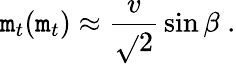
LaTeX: \mathtt{m}_{t}(\mathtt{m}_{t})\approx{\frac{{v}}{{\sqrt{}{{2}}}}}\sin\beta\; .